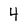
Character: 4